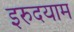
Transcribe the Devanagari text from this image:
इरुदयाम